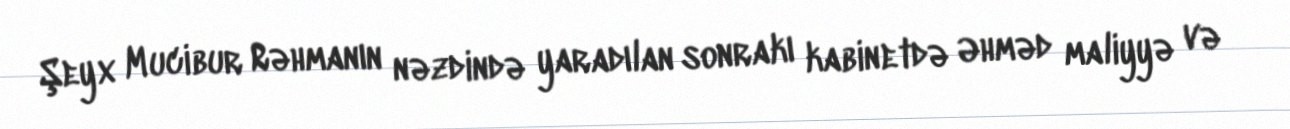
Şeyx Mucibur Rəhmanın nəzdində yaradılan sonrakı kabinetdə Əhməd maliyyə və